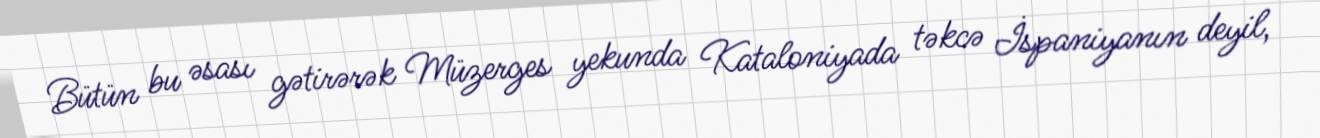
Bütün bu əsası gətirərək Müzerges yekunda Kataloniyada təkcə İspaniyanın deyil,